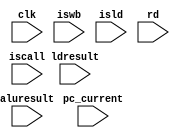
module write_back ( clk, iswb,iscall,isld,  rd, aluresult, ldresult, pc_current );

input iswb,iscall,isld,clk;
input [31:0] aluresult,ldresult,pc_current;
input [3:0] rd;
         
wire iswb,iscall,isld,clk;
wire [31:0] aluresult,ldresult,pc_current;
wire [3:0] rd;


           always @(*)
           begin
           #1
           if (iswb == 1)
           begin  
               
           if (iscall == 1)
           begin
           p.a3 = 4'b1111;
           end
           
           else if ( iscall == 0)
           begin
            p.a3 = rd;
           end
           
           if  (isld == 0 && iscall == 0)
           begin
           p.d3 = aluresult ;
           end
           else if ( isld == 1 && iscall == 0)
           begin
           p.d3 = ldresult;
           end
           else if (isld == 0 && iscall == 1)
           begin
           p.d3 = pc_current + 4;
           end
           else
           begin
           p.d3 = aluresult ;
           end
           
           
           end
           end
           endmodule